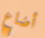
أضاع